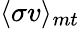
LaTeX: \langle\sigma v\rangle_{mt}